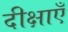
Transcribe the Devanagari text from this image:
दीक्षाएँ